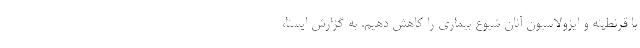
با قرنطینه و ایزولاسیون آنان شیوع بیماری را کاهش دهیم. به گزارش ایسنا،